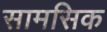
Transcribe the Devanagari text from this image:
सामसिक